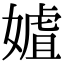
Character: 㜘